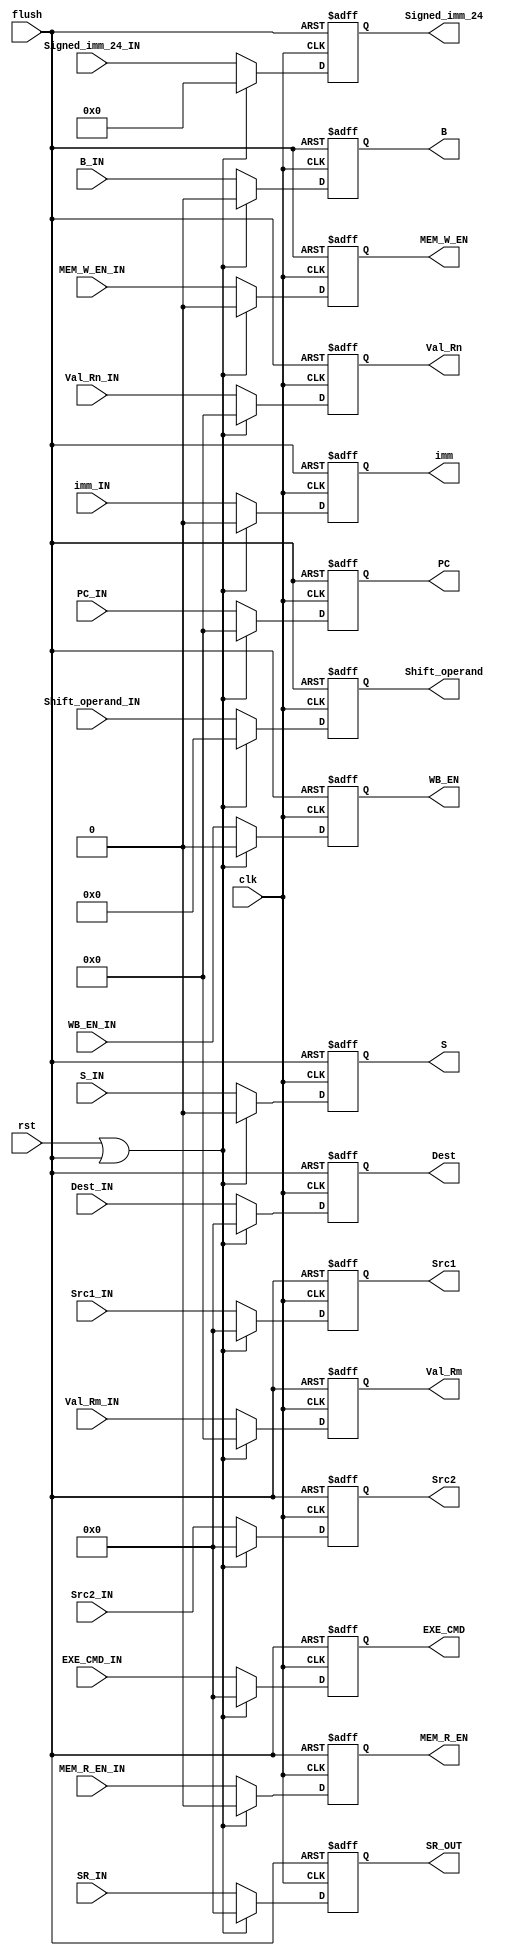
module ID_Stage_Reg (
    input clk,
    rst,
    flush,
    WB_EN_IN,
    MEM_R_EN_IN,
    MEM_W_EN_IN,
    B_IN,
    S_IN,
    input [3:0] EXE_CMD_IN, SR_IN, //added
    input [31:0] PC_IN,
    Val_Rn_IN,
    Val_Rm_IN,
    input imm_IN,
    input [11:0] Shift_operand_IN,
    input [23:0] Signed_imm_24_IN,
    input [3:0] Dest_IN,
    Src1_IN,
    Src2_IN,
    output reg WB_EN,
    MEM_R_EN,
    MEM_W_EN,
    B,
    S,
    output reg [3:0] EXE_CMD,
    output reg [31:0] PC,
    Val_Rn,
    Val_Rm,
    output reg imm,
    output reg [11:0] Shift_operand,
    output reg [23:0] Signed_imm_24,
    output reg [3:0] Dest,
    Src1,
    Src2,
    SR_OUT //added
);
  always @(posedge clk, posedge flush) begin
    if (flush) begin
      WB_EN <= 0;
      MEM_R_EN <= 0;
      MEM_W_EN <= 0;
      B <= 0;
      S <= 0;
      EXE_CMD <= 0;
      PC <= 0;
      Val_Rn <= 0;
      Val_Rm <= 0;
      imm <= 0;
      Shift_operand <= 0;
      Signed_imm_24 <= 0;
      Dest <= 0;
      Src1 <=0;
      Src2 <=0;
      SR_OUT <=0;

    end else if (rst | flush) begin
      WB_EN <= 0;
      MEM_R_EN <= 0;
      MEM_W_EN <= 0;
      B <= 0;
      S <= 0;
      EXE_CMD <= 0;
      PC <= 0;
      Val_Rn <= 0;
      Val_Rm <= 0;
      imm <= 0;
      Shift_operand <= 0;
      Signed_imm_24 <= 0;
      Dest <= 0;
      Src1 <=0;
      Src2 <=0;
      SR_OUT <=0;

    end else begin
      WB_EN <= WB_EN_IN;
      MEM_R_EN <= MEM_R_EN_IN;
      MEM_W_EN <= MEM_W_EN_IN;
      B <= B_IN;
      S <= S_IN;
      EXE_CMD <= EXE_CMD_IN;
      PC <= PC_IN;
      Val_Rn <= Val_Rn_IN;
      Val_Rm <= Val_Rm_IN;
      imm <= imm_IN;
      Shift_operand <= Shift_operand_IN;
      Signed_imm_24 <= Signed_imm_24_IN;
      Dest <= Dest_IN;
      Src1 <=Src1_IN;
      Src2 <=Src2_IN;
      SR_OUT <= SR_IN;
    end
  end
endmodule